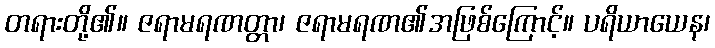
တရားတို့၏။ ဇရာမရဏတ္တာ၊ ဇရာမရဏ၏အဖြစ်ကြောင့်။ ပရိယာယေန၊